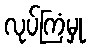
လုပ်ကြံမှု